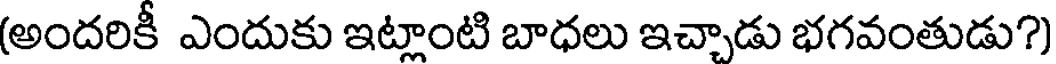
(అందరికీ ఎందుకు ఇట్లాంటి బాధలు ఇచ్చాడు భగవంతుడు?